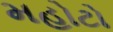
મહોટો